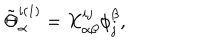
\tilde { \Theta } _ { \alpha } ^ { i ( 1 ) } = X _ { \alpha \beta } ^ { i j } \phi _ { j } ^ { \beta } ,